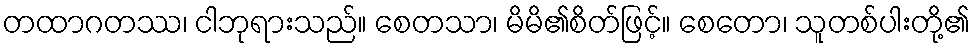
တထာဂတဿ၊ ငါဘုရားသည်။ စေတသာ၊ မိမိ၏စိတ်ဖြင့်။ စေတော၊ သူတစ်ပါးတို့၏